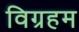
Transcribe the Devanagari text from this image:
विग्रहम